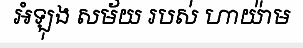
អំឡុង សម័យ របស់ ហាយ៉ាម